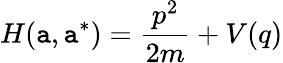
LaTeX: H(\mathtt{a},\mathtt{a}^{*})={\frac{{p^{2}}}{{2m}}}+V(q)